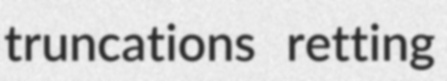
truncations retting